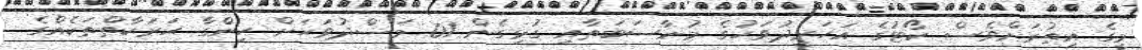
މީގެ އިތުރަށްވެސް ކޯޓުގެ އަހަރީދުވަހުގެ މުނާސަބަތާއި ގުޅިގެން 01 މަސްދުވަހަށް ހިންގާ ޙަރަކާތްތަކެއްގެ